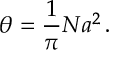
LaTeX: \theta = \frac { 1 } { \pi } N a ^ { 2 } \, .